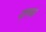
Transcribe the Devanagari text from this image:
दायज